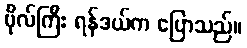
ဗိုလ်ကြီး ရန်ဒယ်က ပြောသည်။